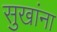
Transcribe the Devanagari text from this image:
सुखांना